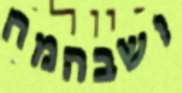
ושבהמח